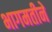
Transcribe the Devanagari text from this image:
भागमतीने